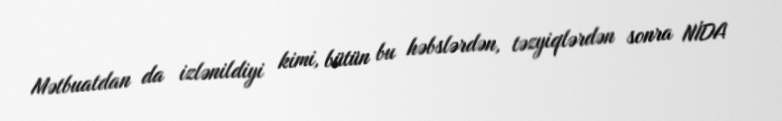
Mətbuatdan da izlənildiyi kimi, bütün bu həbslərdən, təzyiqlərdən sonra NİDA